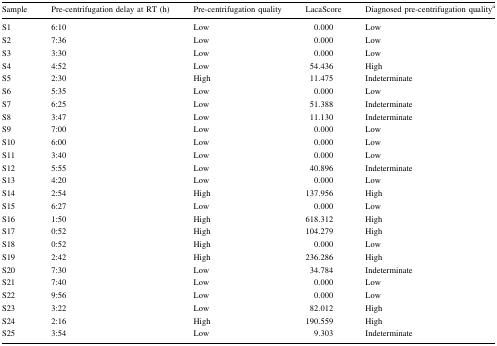
| Sample | Pre-centrifugation delay at RT (h) | Pre-centrifugation quality | LacaScore | Diagnosed pre-centrifugation qualitya |
 | --- | --- | --- | --- | --- |
 | S1 | 6:10 | Low | 0.000 | Low |
 | S2 | 7:36 | Low | 0.000 | Low |
 | S3 | 3:30 | Low | 0.000 | Low |
 | S4 | 4:52 | Low | 54.436 | High |
 | S5 | 2:30 | High | 11.475 | Indeterminate |
 | S6 | 5:35 | Low | 0.000 | Low |
 | S7 | 6:25 | Low | 51.388 | Indeterminate |
 | S8 | 3:47 | Low | 11.130 | Indeterminate |
 | S9 | 7:00 | Low | 0.000 | Low |
 | S10 | 6:00 | Low | 0.000 | Low |
 | S11 | 3:40 | Low | 0.000 | Low |
 | S12 | 5:55 | Low | 40.896 | Indeterminate |
 | S13 | 4:20 | Low | 0.000 | Low |
 | S14 | 2:54 | High | 137.956 | High |
 | S15 | 6:27 | Low | 0.000 | Low |
 | S16 | 1:50 | High | 618.312 | High |
 | S17 | 0:52 | High | 104.279 | High |
 | S18 | 0:52 | High | 0.000 | Low |
 | S19 | 2:42 | High | 236.286 | High |
 | S20 | 7:30 | Low | 34.784 | Indeterminate |
 | S21 | 7:40 | Low | 0.000 | Low |
 | S22 | 9:56 | Low | 0.000 | Low |
 | S23 | 3:22 | Low | 82.012 | High |
 | S24 | 2:16 | High | 190.559 | High |
 | S25 | 3:54 | Low | 9.303 | Indeterminate |